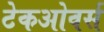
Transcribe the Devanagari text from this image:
टेकओवर्स